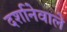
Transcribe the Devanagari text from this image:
दर्शानेवाले